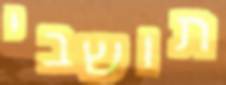
תושבי